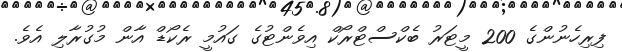
ފިރިހެނުންގެ 200 މީޓަރު ބެކްސްޓްރޯކް އިވެންޓުގެ ގައުމީ ރެކޯޑް އާން މުގުރާލި އެވެ.